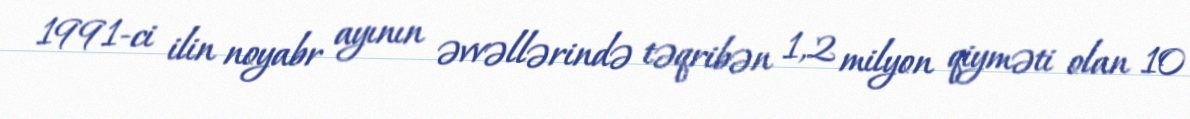
1991-ci ilin noyabr ayının əvvəllərində təqribən 1,2 milyon qiyməti olan 10